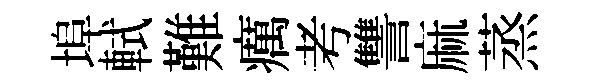
埠軾難癘考讐麻蒸